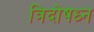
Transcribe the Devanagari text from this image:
त्रिदोषध्न